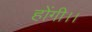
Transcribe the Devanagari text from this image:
होंगी।।